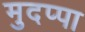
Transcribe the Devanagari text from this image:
मुदप्पा